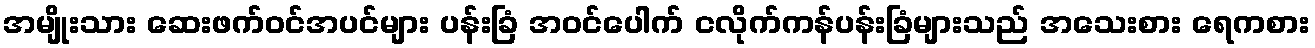
အမျိုးသား ဆေးဖက်ဝင်အပင်များ ပန်းခြံ အဝင်ပေါက် ငလိုက်ကန်ပန်းခြံများသည် အသေးစား ရေကစား